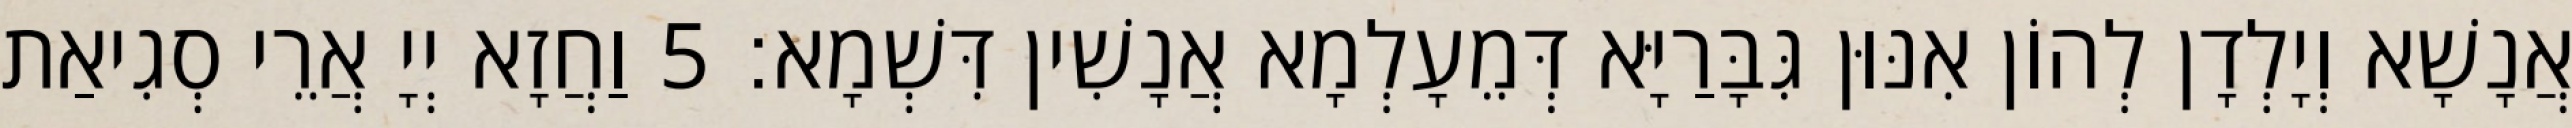
אֲנָשָׁא וְיָלְדָן לְהוֹן אִנּוּן גִּבָּרַיָּא דְּמֵעָלְמָא אֲנָשִׁין דִּשְׁמָא׃ 5 וַחֲזָא יְיָ אֲרֵי סְגִיאַת